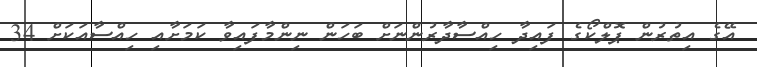
އޭގެ އިތުރުން ޕޮލްކޯގެ ފައިދާ ހިއްސާދާރުންނަށް ބަހަން ނިންމާފައިވާ ކަމަށާއި ހިއްސާއަކަށް 34